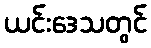
ယင်းဒေသတွင်